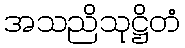
အသညိသုဋ္ဌိတံ